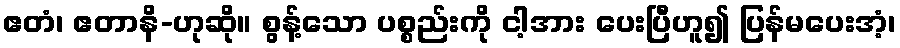
ဧတံ၊ ဧတာနိ-ဟုဆို။ စွန့်သော ပစ္စည်းကို ငါ့အား ပေးပြီဟူ၍ ပြန်မပေးအံ့၊